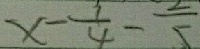
x - \frac { 3 } { 4 } - \frac { 2 } { 5 }